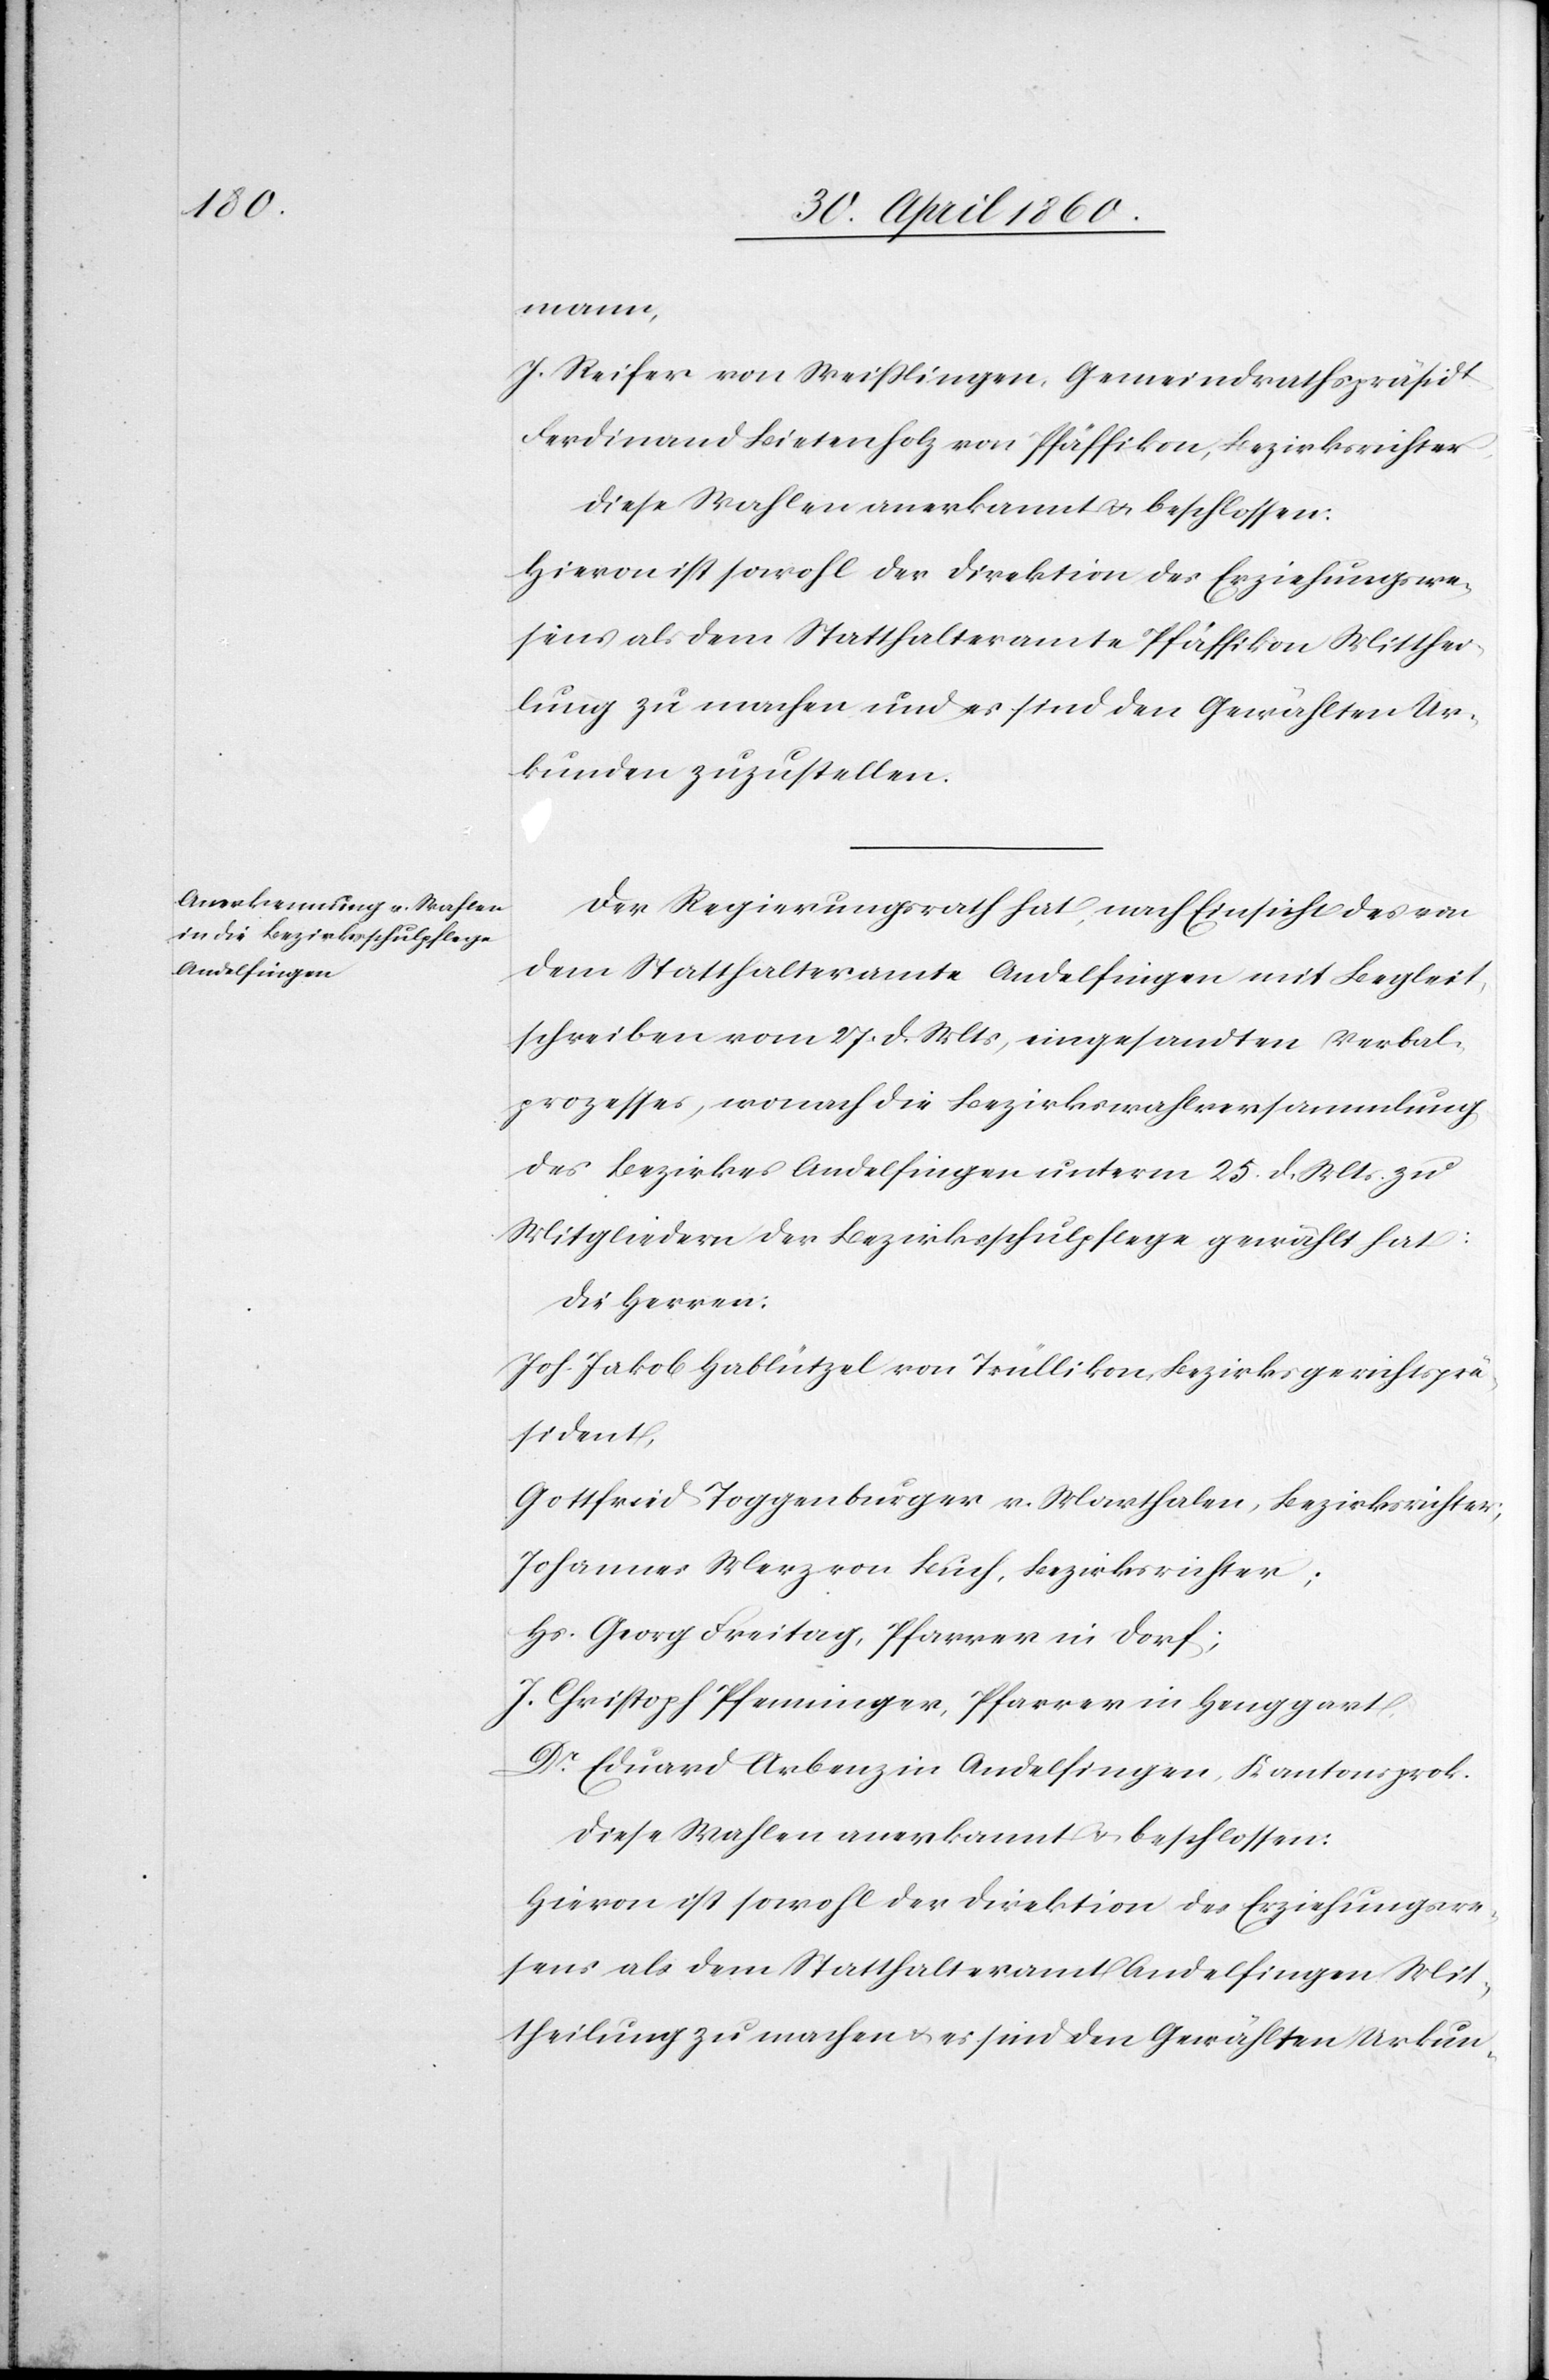
mann,
J. Reifer von Weisslingen, Gemeindrathspräsident,
Ferdinand Bietenholz von Pfäffikon, Bezirksrichter
Diese Wahlen anerkannt u. beschlossen:
Hievon ist sowohl der Direktion des Erziehungswe¬
sens als dem Statthalteramte Pfäffikon Mitthei¬
lung zu machen und es sind den Gewählten Ur¬
kunden zuzustellen.
Der Regierungsrath hat, nach Einsicht des von
dem Statthalteramte Andelfingen mit Begleit¬
schreiben vom 27. d. Mts. eingesandten Verbal¬
prozesses, wonach die Bezirkswahlversammlung
des Bezirkes Andelfingen unterm 25. d. Mts. zu
Mitgliedern der Bezirksschulpflege gewählt hat:
Die Herren:
Joh. Jakob Hablützel von Trüllikon, Bezirksgerichtsprä¬
sident,
Gottfried Toggenburger v. Marthalen, Bezirksrichter;
Johannes Merz von Buch, Bezirksrichter;
Hs. Georg Freitag, Pfarrer in Dorf;
J. Christoph Pfenninger, Pfarrer in Henggart,
Dr. Eduard Arbenz in Andelfingen, Kantonsprok.
Diese Wahlen anerkannt u. beschlossen:
sens als dem Statthalteramt Andelfingen Mit¬
theilung zu machen u. es sind den Gewählten Urkun-